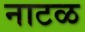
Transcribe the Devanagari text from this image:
नाटळ